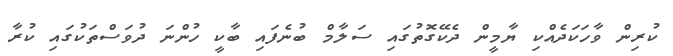
ކުރިން ވާހަކަދެއްކި ޔާމީން ދެކޭގޮތުގައި ސަލާމް ބުނެފައި ބާކީ ހުންނަ ދުވަސްތަކުގައި ކުރާ